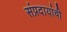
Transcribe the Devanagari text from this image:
संप्रदायांची